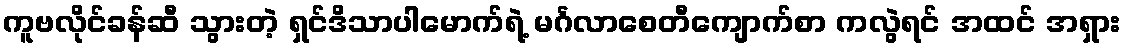
ကူဗလိုင်ခန်ဆီ သွားတဲ့ ရှင်ဒိသာပါမောက်ရဲ့ မင်္ဂလာစေတီကျောက်စာ ကလွဲရင် အထင် အရှား